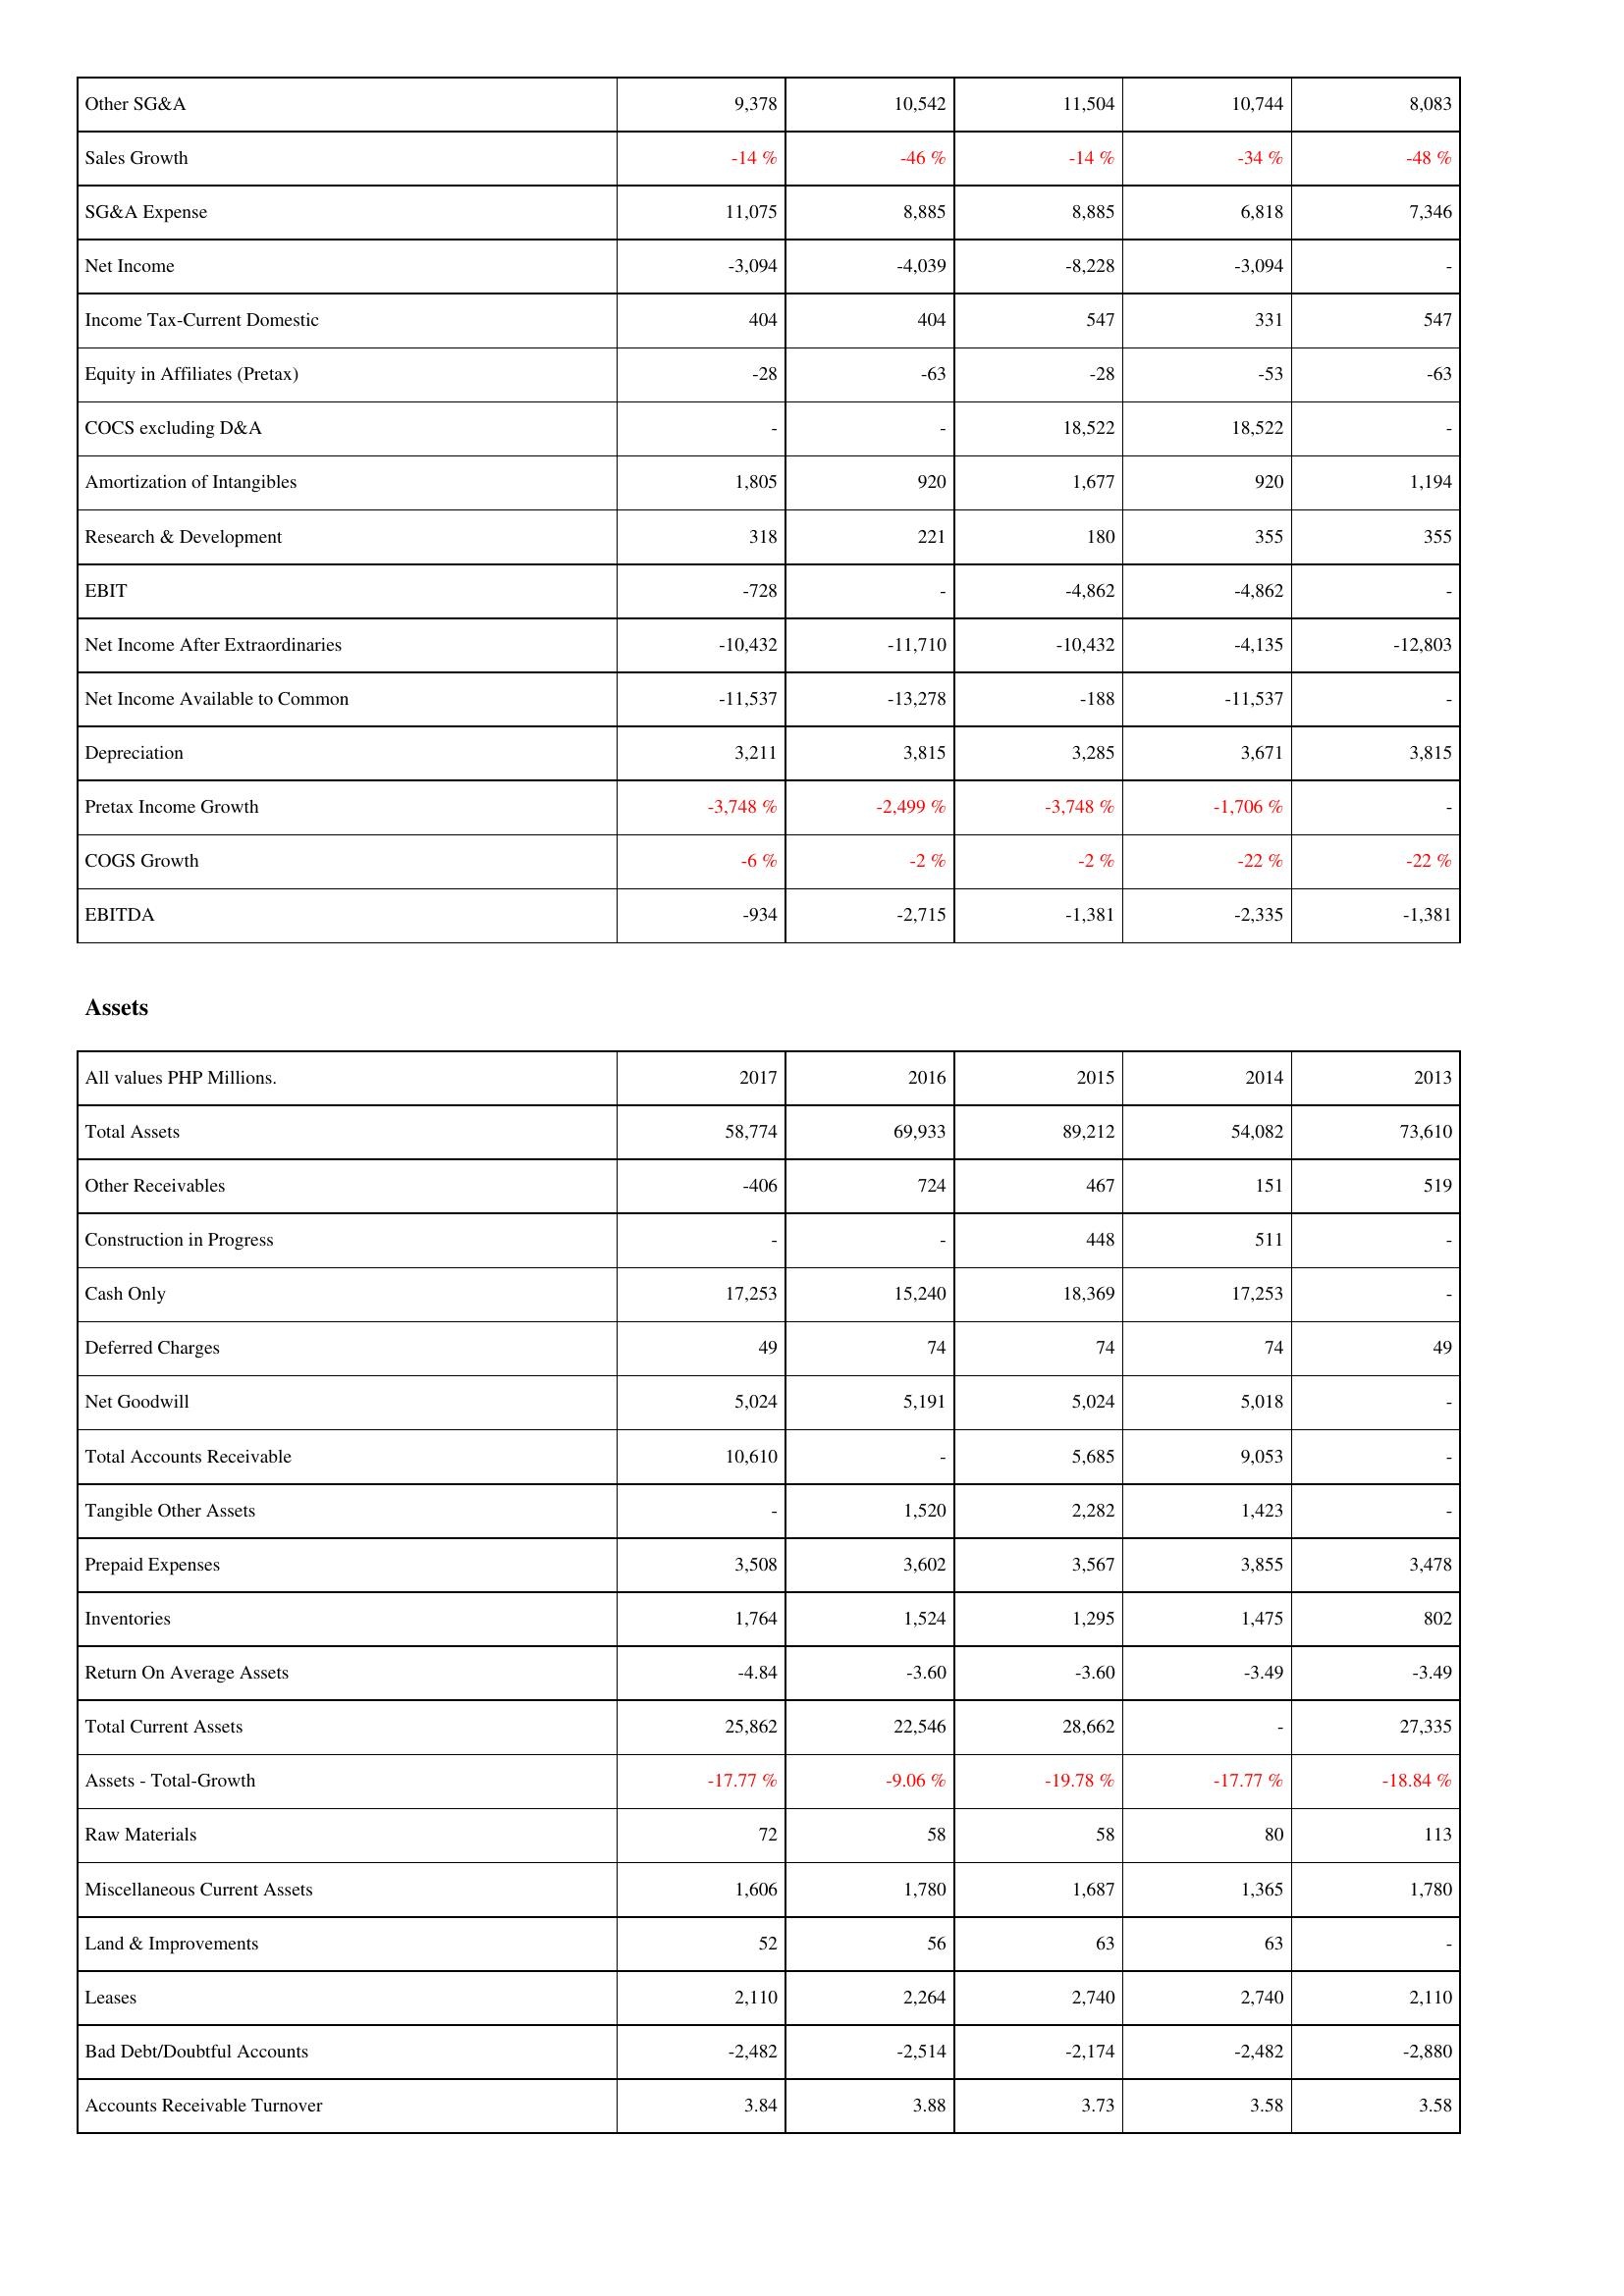
2017: Income Statement: Other SG&A: 9,378
Sales Growth: -14 %
SG&A Expense: 11,075
Net Income: -3,094
Income Tax-Current Domestic: 404
Equity in Affiliates (Pretax): -28
COCS excluding D&A: -
Amortization of Intangibles: 1,805
Research & Development: 318
EBIT: -728
Net Income After Extraordinaries: -10,432
Net Income Available to Common: -11,537
Depreciation: 3,211
Pretax Income Growth: -3,748 %
COGS Growth: -6 %
EBITDA: -934
Assets: Total Assets: 58,774
Other Receivables: -406
Construction in Progress: -
Cash Only: 17,253
Deferred Charges: 49
Net Goodwill: 5,024
Total Accounts Receivable: 10,610
Tangible Other Assets: -
Prepaid Expenses: 3,508
Inventories: 1,764
Return On Average Assets: -4.84
Total Current Assets: 25,862
Assets - Total-Growth: -17.77 %
Raw Materials: 72
Miscellaneous Current Assets: 1,606
Land & Improvements: 52
Leases: 2,110
Bad Debt/Doubtful Accounts: -2,482
Accounts Receivable Turnover: 3.84
2016: Income Statement: Other SG&A: 10,542
Sales Growth: -46 %
SG&A Expense: 8,885
Net Income: -4,039
Income Tax-Current Domestic: 404
Equity in Affiliates (Pretax): -63
COCS excluding D&A: -
Amortization of Intangibles: 920
Research & Development: 221
EBIT: -
Net Income After Extraordinaries: -11,710
Net Income Available to Common: -13,278
Depreciation: 3,815
Pretax Income Growth: -2,499 %
COGS Growth: -2 %
EBITDA: -2,715
Assets: Total Assets: 69,933
Other Receivables: 724
Construction in Progress: -
Cash Only: 15,240
Deferred Charges: 74
Net Goodwill: 5,191
Total Accounts Receivable: -
Tangible Other Assets: 1,520
Prepaid Expenses: 3,602
Inventories: 1,524
Return On Average Assets: -3.60
Total Current Assets: 22,546
Assets - Total-Growth: -9.06 %
Raw Materials: 58
Miscellaneous Current Assets: 1,780
Land & Improvements: 56
Leases: 2,264
Bad Debt/Doubtful Accounts: -2,514
Accounts Receivable Turnover: 3.88
2015: Income Statement: Other SG&A: 11,504
Sales Growth: -14 %
SG&A Expense: 8,885
Net Income: -8,228
Income Tax-Current Domestic: 547
Equity in Affiliates (Pretax): -28
COCS excluding D&A: 18,522
Amortization of Intangibles: 1,677
Research & Development: 180
EBIT: -4,862
Net Income After Extraordinaries: -10,432
Net Income Available to Common: -188
Depreciation: 3,285
Pretax Income Growth: -3,748 %
COGS Growth: -2 %
EBITDA: -1,381
Assets: Total Assets: 89,212
Other Receivables: 467
Construction in Progress: 448
Cash Only: 18,369
Deferred Charges: 74
Net Goodwill: 5,024
Total Accounts Receivable: 5,685
Tangible Other Assets: 2,282
Prepaid Expenses: 3,567
Inventories: 1,295
Return On Average Assets: -3.60
Total Current Assets: 28,662
Assets - Total-Growth: -19.78 %
Raw Materials: 58
Miscellaneous Current Assets: 1,687
Land & Improvements: 63
Leases: 2,740
Bad Debt/Doubtful Accounts: -2,174
Accounts Receivable Turnover: 3.73
2014: Income Statement: Other SG&A: 10,744
Sales Growth: -34 %
SG&A Expense: 6,818
Net Income: -3,094
Income Tax-Current Domestic: 331
Equity in Affiliates (Pretax): -53
COCS excluding D&A: 18,522
Amortization of Intangibles: 920
Research & Development: 355
EBIT: -4,862
Net Income After Extraordinaries: -4,135
Net Income Available to Common: -11,537
Depreciation: 3,671
Pretax Income Growth: -1,706 %
COGS Growth: -22 %
EBITDA: -2,335
Assets: Total Assets: 54,082
Other Receivables: 151
Construction in Progress: 511
Cash Only: 17,253
Deferred Charges: 74
Net Goodwill: 5,018
Total Accounts Receivable: 9,053
Tangible Other Assets: 1,423
Prepaid Expenses: 3,855
Inventories: 1,475
Return On Average Assets: -3.49
Total Current Assets: -
Assets - Total-Growth: -17.77 %
Raw Materials: 80
Miscellaneous Current Assets: 1,365
Land & Improvements: 63
Leases: 2,740
Bad Debt/Doubtful Accounts: -2,482
Accounts Receivable Turnover: 3.58
2013: Income Statement: Other SG&A: 8,083
Sales Growth: -48 %
SG&A Expense: 7,346
Net Income: -
Income Tax-Current Domestic: 547
Equity in Affiliates (Pretax): -63
COCS excluding D&A: -
Amortization of Intangibles: 1,194
Research & Development: 355
EBIT: -
Net Income After Extraordinaries: -12,803
Net Income Available to Common: -
Depreciation: 3,815
Pretax Income Growth: -
COGS Growth: -22 %
EBITDA: -1,381
Assets: Total Assets: 73,610
Other Receivables: 519
Construction in Progress: -
Cash Only: -
Deferred Charges: 49
Net Goodwill: -
Total Accounts Receivable: -
Tangible Other Assets: -
Prepaid Expenses: 3,478
Inventories: 802
Return On Average Assets: -3.49
Total Current Assets: 27,335
Assets - Total-Growth: -18.84 %
Raw Materials: 113
Miscellaneous Current Assets: 1,780
Land & Improvements: -
Leases: 2,110
Bad Debt/Doubtful Accounts: -2,880
Accounts Receivable Turnover: 3.58